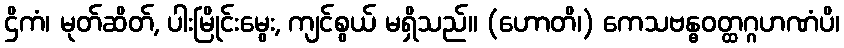
ဌိကံ၊ မုတ်ဆိတ်, ပါးမြိုင်းမွေး, ကျင်စွယ် မရှိသည်။ (ဟောတိ၊) ကေသဗန္ဓဝတ္ထဂ္ဂဟဏံပိ၊